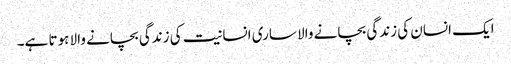
ایک انسان کی زندگی بچانے والا ساری انسانیت کی زندگی بچانے والا ہوتا ہے۔